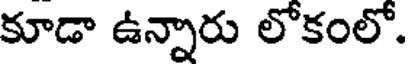
కూడా ఉన్నారు లోకంలో.